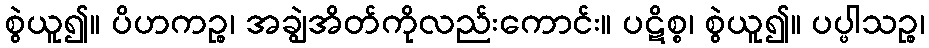
စွဲယူ၍။ ပိဟကဉ္စ၊ အချွဲအိတ်ကိုလည်းကောင်း။ ပဋိစ္စ၊ စွဲယူ၍။ ပပ္ဖါသဉ္စ၊